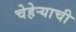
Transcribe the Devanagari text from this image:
चेहेऱ्याची